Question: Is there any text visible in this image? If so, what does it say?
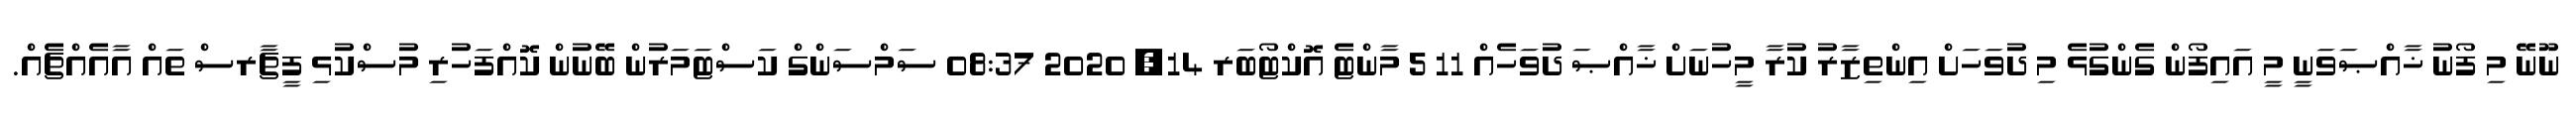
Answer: ނޫނޭ މި ފޯނު ޚާއްޞަވަނީ މީ އައިފޯން ގެންގުޅެ މި ދުވަހަށް އިންތިޒާރު ކުރާ މީހުނަށް ޚާއްޞަ ދުވަހެއް 11 5 މާންޓެ އޮކްޓޯބަރ 14, 2020 08:37 ސަމްސަންގް ކަސްޓަމަރުން ބޭނުން ކޮއްފަހުރި މުސްކުޅި ފީޗާރސް ތައް އާއެއްޗެއް.